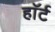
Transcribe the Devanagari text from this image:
हाॅर्ट